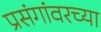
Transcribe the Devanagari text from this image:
प्रसंगांवरच्या